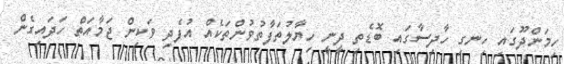
ހިމަންދޫގައި ހިނގި ހާދިސާގައި ބޮޑެތި ދީނީ ހިޔާލުތަފާތުވުންތަކެއް އުފެދި ވަކިން ޖަމާއަތް ހަދައިގެން